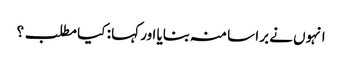
انہوں نے برا سا منہ بنایا اور کہا : کیا مطلب ؟